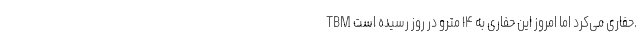
TBM حفاری می‌کرد اما امروز این حفاری به ۱۴ مترو در روز رسیده است.